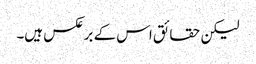
لیکن حقائق اس کے برعکس ہیں۔